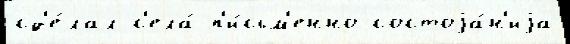
сд'е́лал с'ела́ п'и́сьм'енно состоjа́н'иjа